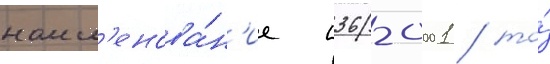
наим'енова́н'ие п36-0001 / то́